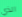
الذي